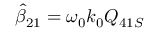
\hat { \beta } _ { 2 1 } = \omega _ { 0 } k _ { 0 } Q _ { 4 1 S }